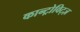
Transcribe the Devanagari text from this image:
कान्ट्रोविट्ज़